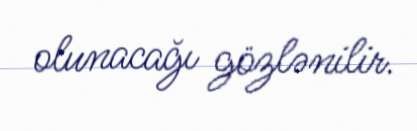
olunacağı gözlənilir.